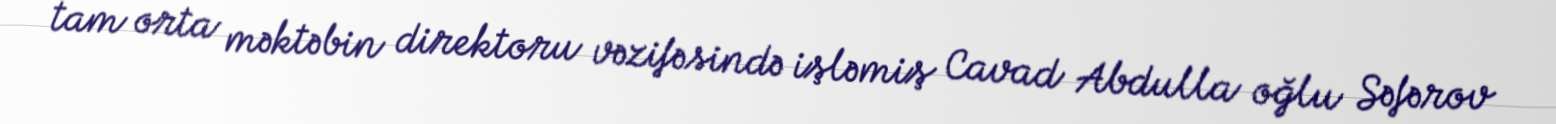
tam orta məktəbin direktoru vəzifəsində işləmiş Cavad Abdulla oğlu Səfərov